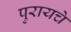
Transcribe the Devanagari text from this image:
पुरायचे